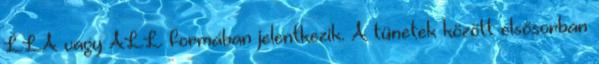
LLA vagy ALL formában jelentkezik. A tünetek között elsősorban